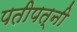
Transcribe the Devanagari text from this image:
पतीपत्नी